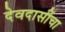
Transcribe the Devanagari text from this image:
देवदासींचा